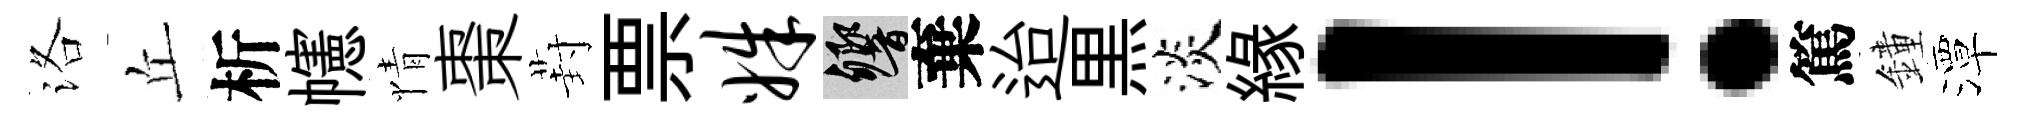
洛丘析幰情棗葑票姝響棄迨黒淡緣！篤鐘潭